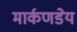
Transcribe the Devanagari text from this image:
मार्कणडेय